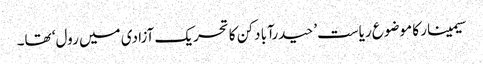
سیمینار کا موضوع ریاست’ حیدرآبا دکن کا تحریک آزادی میں رول‘ تھا۔